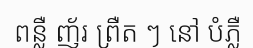
ពន្លឺ ញ័រ ព្រឺត ៗ នៅ បំភ្លឺ